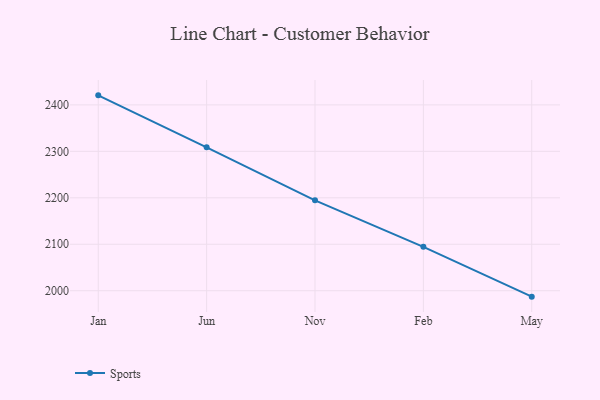
{"axis": {"x": "Month", "y": "Customer Acquisition Cost (USD)"}, "legend": ["Sports"], "data": [{"x": "Jan", "y": 2420.5, "type": "Sports"}, {"x": "Jun", "y": 2308.6, "type": "Sports"}, {"x": "Nov", "y": 2194.6, "type": "Sports"}, {"x": "Feb", "y": 2094.5, "type": "Sports"}, {"x": "May", "y": 1987.3, "type": "Sports"}]}